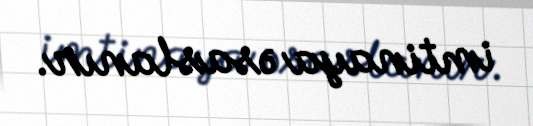
imtinaya əsaslanır.